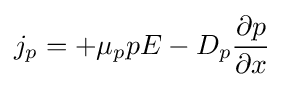
j_{p}=+\mu _{p}pE-D_{p}{\frac {\partial p}{\partial x}}